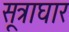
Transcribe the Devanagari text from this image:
सूत्राघार